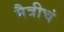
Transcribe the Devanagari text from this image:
मैत्रीचं